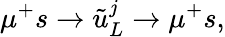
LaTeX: \mu^{+}s\to\tilde{u}_{L}^{j}\to\mu^{+}s,